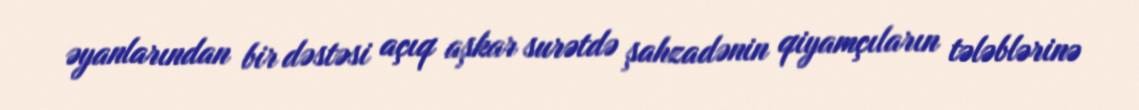
əyanlarından bir dəstəsi açıq aşkar surətdə şahzadənin qiyamçıların tələblərinə